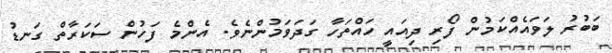
ބަބުރު ލަވައެއްކަމުން ފޯރި ދިއައީ ހައްތަހާ ގަދަވަމުންނެވެ. އެންމެ ފަހުން ސަކަރާތް ގަނޑު